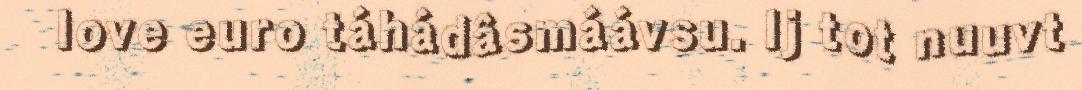
love euro táhádâsmáávsu. Ij tot nuuvt